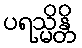
ပရသ္မိန္တိ